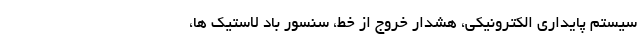
سیستم پایداری الکترونیکی، هشدار خروج از خط، سنسور باد لاستیک ها،